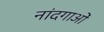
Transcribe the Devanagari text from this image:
नांदगाओं